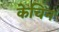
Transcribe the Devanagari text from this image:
केचिन